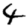
Digit: 4